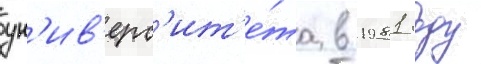
ун'ив'ерс'ит'е́та в 1981 году